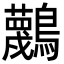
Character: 𪇴